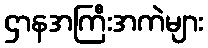
ဌာနအကြီးအကဲများ